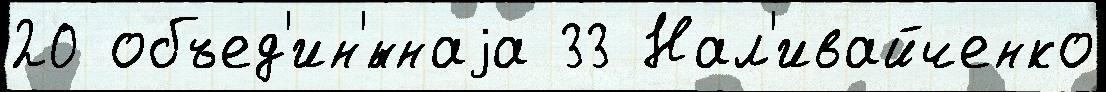
20 объед'ин'́ннаjа 33 Нал'ивайченко